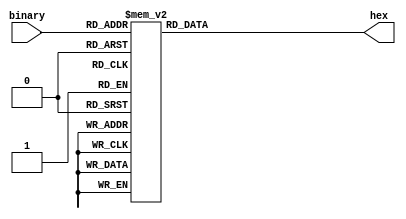
`timescale 1ns / 1ps
//////////////////////////////////////////////////////////////////////////////////
// Company: 
// Engineer: 
// 
// Design Name: 
// Module Name:    Binary_hex 
// Project Name: 
// Target Devices: 
// Tool versions: 
// Description: 
//
// Dependencies: 
//
// Revision: 
// Revision 0.01 - File Created
// Additional Comments: 
//
//////////////////////////////////////////////////////////////////////////////////
module Binary_hex(binary, hex);

	input wire[3:0]binary;
	output reg [15:0]hex;
	
	always @(*)
	begin
		case(binary)
		0 : begin hex = 16'b0000_0000_0000_0001; end
		1 : begin hex = 16'b0000_0000_0000_0010; end
		2 : begin hex = 16'b0000_0000_0000_0100; end
		3 : begin hex = 16'b0000_0000_0000_1000; end
		4 : begin hex = 16'b0000_0000_0001_0000; end
		5 : begin hex = 16'b0000_0000_0010_0000; end
		6 : begin hex = 16'b0000_0000_0100_0000; end
		7 : begin hex = 16'b0000_0000_1000_0000; end
		8 : begin hex = 16'b0000_0001_0000_0000; end
		9 : begin hex = 16'b0000_0010_0000_0000; end
		10 : begin hex = 16'b0000_0100_0000_0000; end
		11 : begin hex = 16'b0000_1000_0000_0000; end
		12 : begin hex = 16'b0001_0000_0000_0000; end
		13 : begin hex = 16'b0010_0000_0000_0000; end
		14 : begin hex = 16'b0100_0000_0000_0000; end
		15 : begin hex = 16'b1000_0000_0000_0000; end
		endcase
		end
endmodule